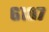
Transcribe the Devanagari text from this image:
६१०७